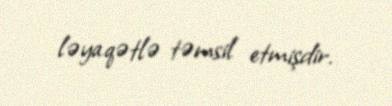
ləyaqətlə təmsil etmişdir.